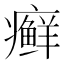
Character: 癣